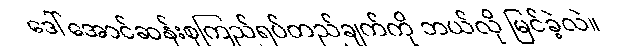
ဒေါ်အောင်ဆန်းစုကြည်ရပ်တည်ချက်ကို ဘယ်လို မြင်ခဲ့လဲ။